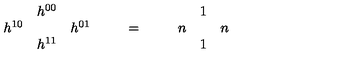
\begin{array} { c c c } { } & { h ^ { 0 0 } } & { } \\ { h ^ { 1 0 } } & { } & { h ^ { 0 1 } } \\ { } & { h ^ { 1 1 } } & { } \\ \end{array} \qquad = \qquad \begin{array} { c c c } { } & { 1 } & { } \\ { n } & { } & { n } \\ { } & { 1 } & { } \\ \end{array}